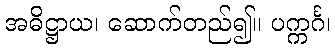
အဓိဋ္ဌာယ၊ ဆောက်တည်၍။ ပက္ကင်္ဂ၊